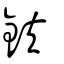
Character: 鈇